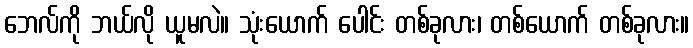
ဘေလ်ကို ဘယ်လို ယူမလဲ။ သုံးယောက် ပေါင်း တစ်ခုလား၊ တစ်ယောက် တစ်ခုလား။